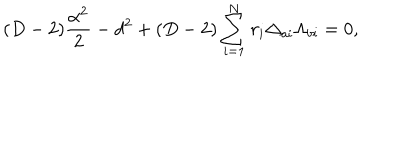
( D - 2 ) { \frac { \alpha ^ { 2 } } { 2 } } - d ^ { 2 } + ( D - 2 ) \sum _ { i = 1 } ^ { N } r _ { i } \Delta _ { a i } \Lambda _ { b i } = 0 ,